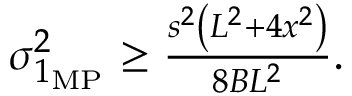
\begin{array} { r } { \sigma _ { 1 _ { \mathrm { M P } } } ^ { 2 } \geq \frac { s ^ { 2 } \left( L ^ { 2 } + 4 x ^ { 2 } \right) } { 8 B L ^ { 2 } } . } \end{array}